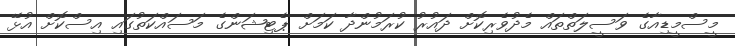
މީސްމީޑިއާގެ ވަސީލަތްތައް މެދުވެރިކޮށް ދައުރު ކުރަމުންދާ ކަމަށް ޕެޓިޝަންގެ މަސައްކަތުގައި އިސްކޮށް އުޅޭ